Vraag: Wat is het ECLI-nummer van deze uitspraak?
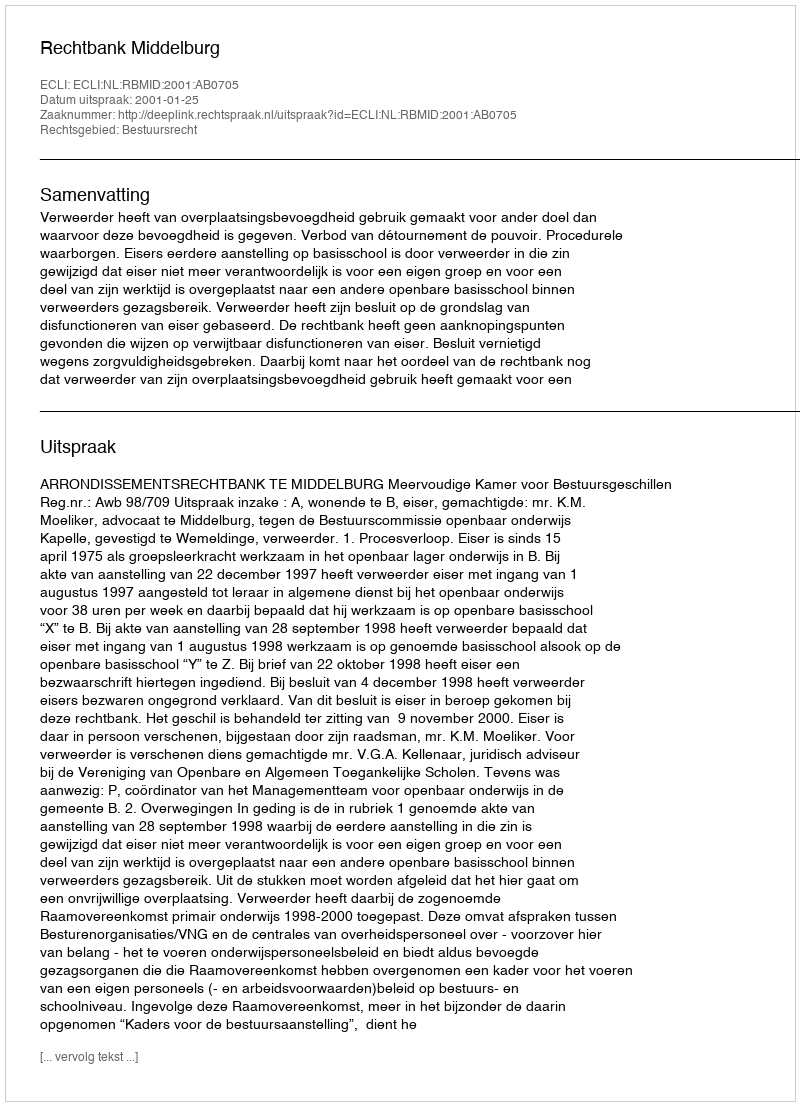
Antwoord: ECLI:NL:RBMID:2001:AB0705